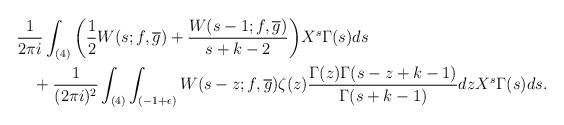
LaTeX: \begin{align*} &\frac{1}{2\pi i} \int_{(4)} \bigg(\frac{1}{2} W(s; f, \overline{g}) + \frac{W(s-1; f,\overline{g})}{s + k - 2} \bigg) X^s \Gamma(s) ds \\ &\quad+ \frac{1}{(2\pi i)^2} \int_{(4)} \int_{(-1 + \epsilon)} W(s-z; f, \overline{g})\zeta(z) \frac{\Gamma(z) \Gamma(s - z + k - 1)}{\Gamma(s + k - 1)}dz X^s \Gamma(s) ds. \end{align*}